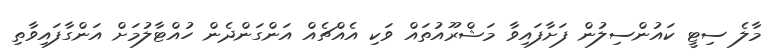
މާލެ ސިޓީ ކައުންސިލުން ފަށާފައިވާ މަޝްރޫއުތައް ވަކި އެއްޗެއް އަންގަންދެން ހުއްޓާލުމަށް އަންގާފައިވާތި